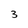
Character: 3